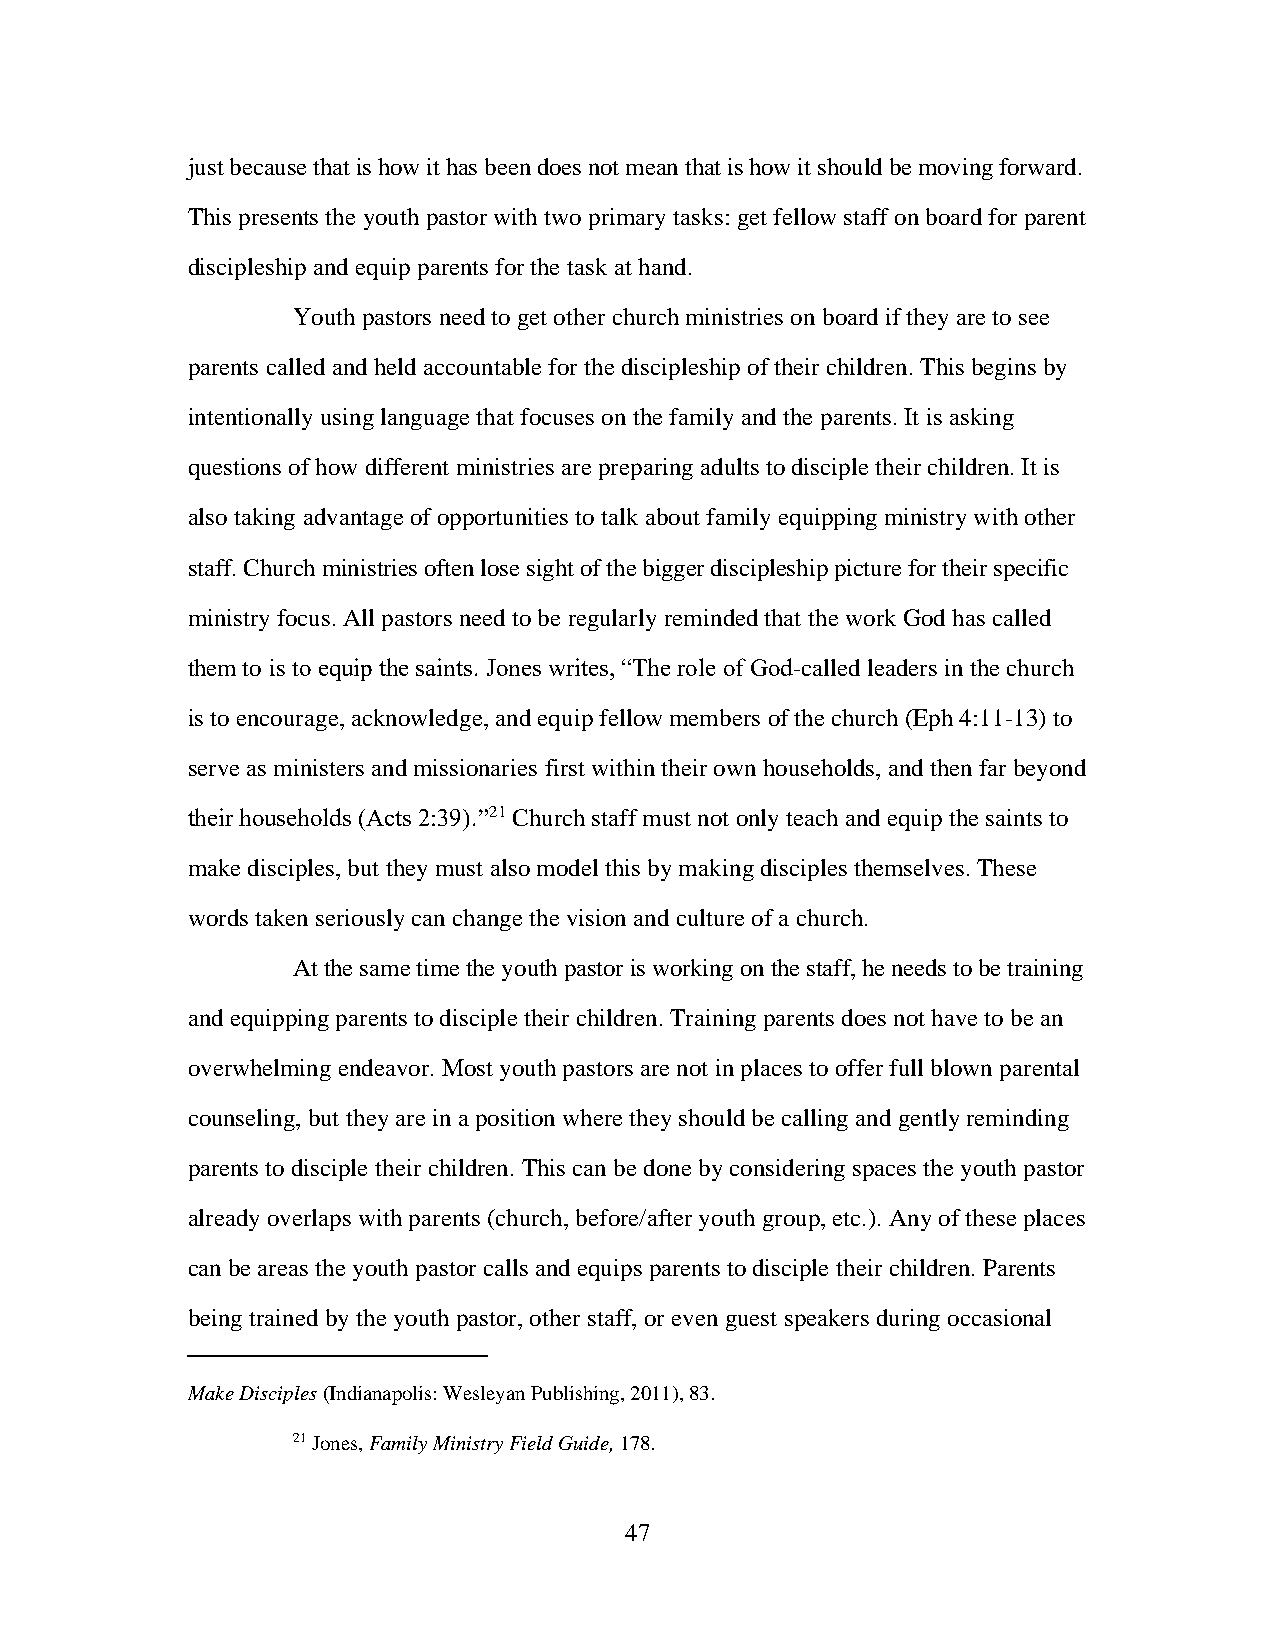
just because that is how it has been does not mean that is how it should be moving forward.
 This presents the youth pastor with two primary tasks: get fellow staff on board for parent
 discipleship and equip parents for the task at hand.
 Youth pastors need to get other church ministries on board if they are to see
 parents called and held accountable for the discipleship of their children. This begins by
 intentionally using language that focuses on the family and the parents. It is asking
 questions of how different ministries are preparing adults to disciple their children. It is
 also taking advantage of opportunities to talk about family equipping ministry with other
 staff. Church ministries often lose sight of the bigger discipleship picture for their specific
 ministry focus. All pastors need to be regularly reminded that the work God has called
 them to is to equip the saints. Jones writes, “The role of God-called leaders in the church
 is to encourage, acknowledge, and equip fellow members of the church (Eph 4:11-13) to
 serve as ministers and missionaries first within their own households, and then far beyond
 their households (Acts 2:39).”21 Church staff must not only teach and equip the saints to
 make disciples, but they must also model this by making disciples themselves. These
 words taken seriously can change the vision and culture of a church.
 At the same time the youth pastor is working on the staff, he needs to be training
 and equipping parents to disciple their children. Training parents does not have to be an
 overwhelming endeavor. Most youth pastors are not in places to offer full blown parental
 counseling, but they are in a position where they should be calling and gently reminding
 parents to disciple their children. This can be done by considering spaces the youth pastor
 already overlaps with parents (church, before/after youth group, etc.). Any of these places
 can be areas the youth pastor calls and equips parents to disciple their children. Parents
 being trained by the youth pastor, other staff, or even guest speakers during occasional
 Make Disciples (Indianapolis: Wesleyan Publishing, 2011), 83.
 21 Jones, Family Ministry Field Guide, 178.
 47